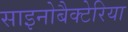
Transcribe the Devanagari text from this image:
साइनोबैक्टेरिया